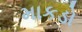
માકડો